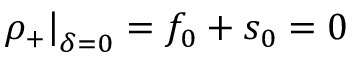
\left. \rho _ { + } \right| _ { \delta = 0 } = f _ { 0 } + s _ { 0 } = 0